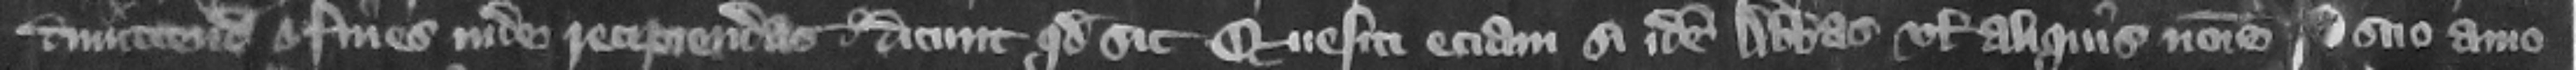
dimittendas et fines inde recipiendas dicunt quod sic. Quesiti eciam si idem abbas vel aliquis nomine suo amo